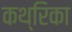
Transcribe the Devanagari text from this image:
कथ्रिका